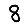
Digit: 8